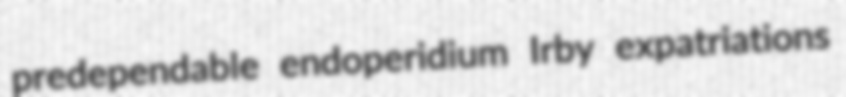
predependable endoperidium Irby expatriations